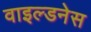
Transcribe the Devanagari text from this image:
वाइल्डनेस